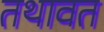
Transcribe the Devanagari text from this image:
तथावत